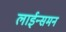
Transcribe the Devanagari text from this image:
लाईन्समन